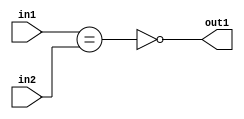
`timescale 1ps / 1ps
/*****************************************************************************
    Verilog RTL Description
    
    
    Created by: Stratus DpOpt 21.05.01 
*******************************************************************************/

module Filter_NotEQ_4Ux3U_1U_1 (
	in2,
	in1,
	out1
	); /* architecture "behavioural" */ 
input [3:0] in2;
input [2:0] in1;
output  out1;
wire  asc001,
	asc002;

assign asc002 = (in1==in2);

assign asc001 = 
	((~asc002));

assign out1 = asc001;
endmodule

/* CADENCE  ubPwSwA= : u9/ySxbfrwZIxEzHVQQV8Q== ** DO NOT EDIT THIS LINE ******/